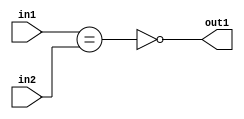
`timescale 1ps / 1ps
/*****************************************************************************
    Verilog RTL Description
    
    
    Created by: Stratus DpOpt 21.05.01 
*******************************************************************************/

module Filter_NotEQ_4Ux3U_1U_1 (
	in2,
	in1,
	out1
	); /* architecture "behavioural" */ 
input [3:0] in2;
input [2:0] in1;
output  out1;
wire  asc001,
	asc002;

assign asc002 = (in1==in2);

assign asc001 = 
	((~asc002));

assign out1 = asc001;
endmodule

/* CADENCE  ubPwSwA= : u9/ySxbfrwZIxEzHVQQV8Q== ** DO NOT EDIT THIS LINE ******/